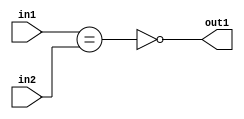
`timescale 1ps / 1ps
/*****************************************************************************
    Verilog RTL Description
    
    
    Created by: Stratus DpOpt 21.05.01 
*******************************************************************************/

module Filter_NotEQ_4Ux3U_1U_1 (
	in2,
	in1,
	out1
	); /* architecture "behavioural" */ 
input [3:0] in2;
input [2:0] in1;
output  out1;
wire  asc001,
	asc002;

assign asc002 = (in1==in2);

assign asc001 = 
	((~asc002));

assign out1 = asc001;
endmodule

/* CADENCE  ubPwSwA= : u9/ySxbfrwZIxEzHVQQV8Q== ** DO NOT EDIT THIS LINE ******/